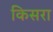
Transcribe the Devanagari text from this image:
किसरा